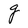
Character: g